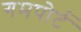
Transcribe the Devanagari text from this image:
गमपोर्ट